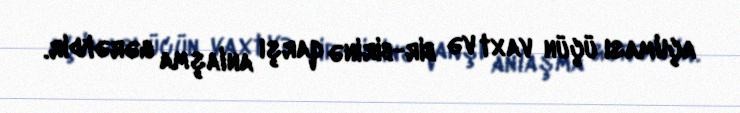
açılması üçün vaxt və bir-birinə qarşı anlaşma gərəkdir.